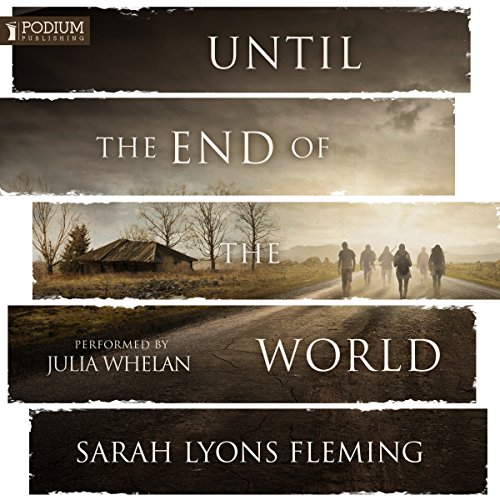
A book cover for Until the End of the World; Sarah Lyons Fleming; Romance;